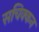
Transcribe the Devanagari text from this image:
सचिक्‍कन